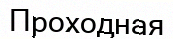
Проходная